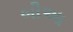
બૌઆ